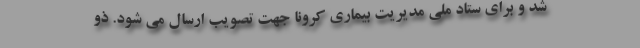
شد و برای ستاد ملی مدیریت بیماری کرونا جهت تصویب ارسال می شود. ذو